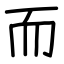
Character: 而